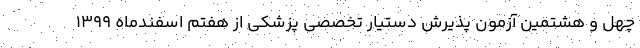
چهل و هشتمین آزمون پذیرش دستیار تخصصی پزشکی از هفتم اسفندماه 1399